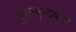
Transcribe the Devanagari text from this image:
पुर्नसुनावणी